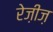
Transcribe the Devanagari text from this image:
रेज़ीज़